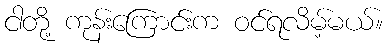
ငါတို့ ကုန်းကြောင်းက ဝင်ရလိမ့်မယ်။